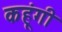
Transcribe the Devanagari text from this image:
कहूंगी